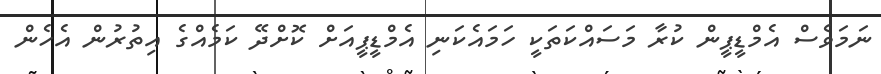
ނަމަވެސް އެމްޑީޕީން ކުރާ މަސައްކަތަކީ ހަމައެކަނި އެމްޑީޕީއަށް ކޮށްދޭ ކަމެއްގެ އިތުރުން އެހެން